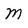
Character: M